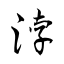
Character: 浡